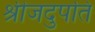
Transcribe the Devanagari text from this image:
श्रीजदुपति